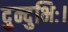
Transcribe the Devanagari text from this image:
दुन्दुभिः।